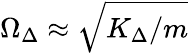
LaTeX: \Omega_{\Delta}\approx\sqrt{K_{\Delta}/m}